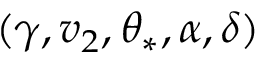
( \gamma , v _ { 2 } , \theta _ { \ast } , \alpha , \delta )